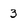
Character: 3